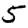
Digit: 5